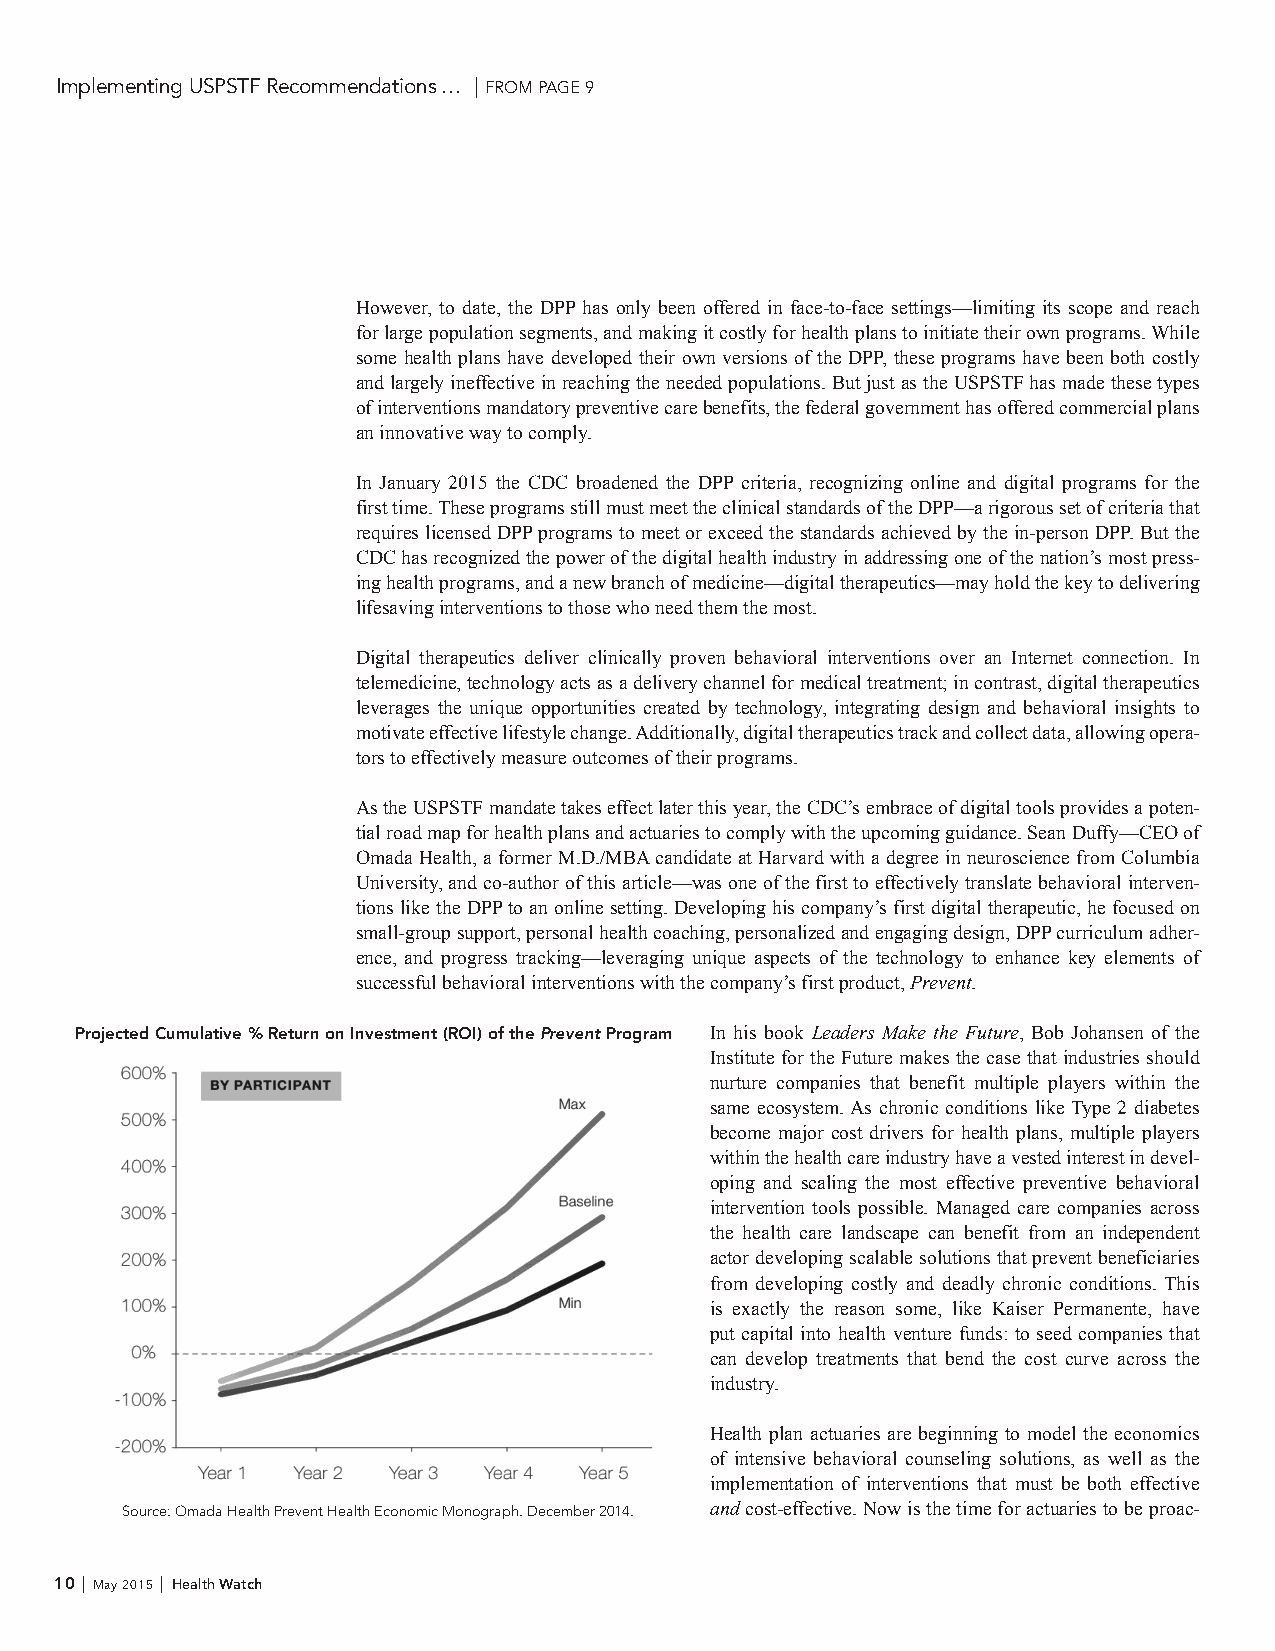
Implementing USPSTF Recommendations … | FROM PAGE 9
 However, to date, the DPP has only been offered in face-to-face settings—limiting its scope and reach
 for large population segments, and making it costly for health plans to initiate their own programs. While
 some health plans have developed their own versions of the DPP, these programs have been both costly
 and largely ineffective in reaching the needed populations. But just as the USPSTF has made these types
 of interventions mandatory preventive care benefits, the federal government has offered commercial plans
 an innovative way to comply.
 In January 2015 the CDC broadened the DPP criteria, recognizing online and digital programs for the
 first time. These programs still must meet the clinical standards of the DPP—a rigorous set of criteria that
 requires licensed DPP programs to meet or exceed the standards achieved by the in-person DPP. But the
 CDC has recognized the power of the digital health industry in addressing one of the nation’s most press-
 ing health programs, and a new branch of medicine—digital therapeutics—may hold the key to delivering
 lifesaving interventions to those who need them the most.
 Digital therapeutics deliver clinically proven behavioral interventions over an Internet connection. In
 telemedicine, technology acts as a delivery channel for medical treatment; in contrast, digital therapeutics
 leverages the unique opportunities created by technology, integrating design and behavioral insights to
 motivate effective lifestyle change. Additionally, digital therapeutics track and collect data, allowing opera-
 tors to effectively measure outcomes of their programs.
 As the USPSTF mandate takes effect later this year, the CDC’s embrace of digital tools provides a poten-
 tial road map for health plans and actuaries to comply with the upcoming guidance. Sean Duffy—CEO of
 Omada Health, a former M.D./MBA candidate at Harvard with a degree in neuroscience from Columbia
 University, and co-author of this article—was one of the first to effectively translate behavioral interven-
 tions like the DPP to an online setting. Developing his company’s first digital therapeutic, he focused on
 small-group support, personal health coaching, personalized and engaging design, DPP curriculum adher-
 ence, and progress tracking—leveraging unique aspects of the technology to enhance key elements of
 successful behavioral interventions with the company’s first product, Prevent.
 Projected Cumulative % Return on Investment (ROI) of the Prevent Program In his book Leaders Make the Future, Bob Johansen of the
 Institute for the Future makes the case that industries should
 nurture companies that benefit multiple players within the
 same ecosystem. As chronic conditions like Type 2 diabetes
 become major cost drivers for health plans, multiple players
 within the health care industry have a vested interest in devel-
 oping and scaling the most effective preventive behavioral
 intervention tools possible. Managed care companies across
 the health care landscape can benefit from an independent
 actor developing scalable solutions that prevent beneficiaries
 from developing costly and deadly chronic conditions. This
 is exactly the reason some, like Kaiser Permanente, have
 put capital into health venture funds: to seed companies that
 can develop treatments that bend the cost curve across the
 industry.
 Health plan actuaries are beginning to model the economics
 of intensive behavioral counseling solutions, as well as the
 implementation of interventions that must be both effective
 Source: Omada Health Prevent Health Economic Monograph. December 2014. and cost-effective. Now is the time for actuaries to be proac-
 10 | May 2015 | Health Watch